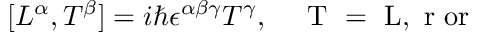
[ L ^ { \alpha } , T ^ { \beta } ] = i \hbar \epsilon ^ { \alpha \beta \gamma } T ^ { \gamma } , \quad \mathrm { ~ \vec { T } ~ = ~ \vec { L } , ~ \vec { r } ~ o r ~ \vec { \Lambda } ~ }